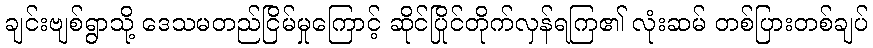
ချင်းဗျစ်ရွာသို့ ဒေသမတည်ငြိမ်မှုကြောင့် ဆိုင်ပြိုင်တိုက်လှန်ရကြ၏ လုံးဆမ် တစ်ပြားတစ်ချပ်